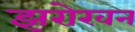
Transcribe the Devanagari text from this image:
झरोखन